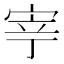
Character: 𭓳